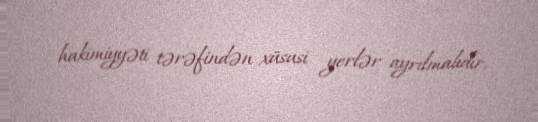
hakimiyyəti tərəfindən xüsusi yerlər ayrılmalıdır.